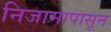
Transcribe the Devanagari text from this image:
निजामापासून